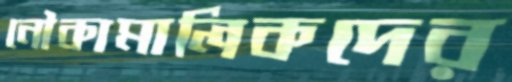
নৌকামালিকদের